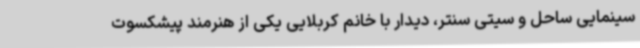
سینمایی ساحل و سیتی سنتر، دیدار با خانم کربلایی یکی از هنرمند پیشکسوت